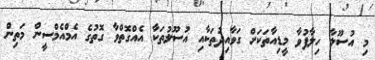
މި އުސޫލާ ހިލާފުވާ މީޑިއާތަކަށް ގަވާއިދުތަކާއި އުސޫލުތަކާ އެއްގޮތްވާ ގޮތުގެ އެމްއެމްސީން މަތިން